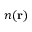
n ( { \bf r } )